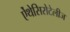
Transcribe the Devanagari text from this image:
ऐंथेसिरोटेलीज